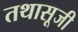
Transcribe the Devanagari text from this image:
तथासूजी